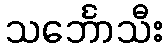
သင်္ဘောသီး